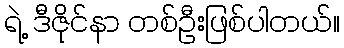
ရဲ့ ဒီဇိုင်နာ တစ်ဦးဖြစ်ပါတယ်။